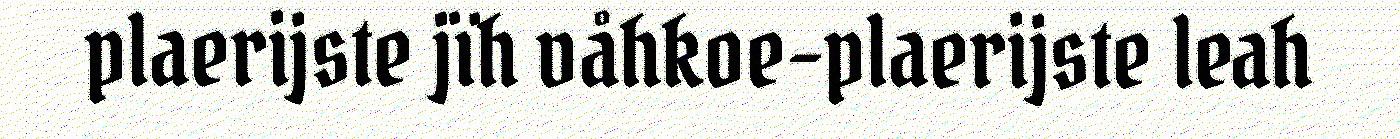
plaerijste jïh våhkoe-plaerijste leah